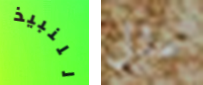
للنبيذ مثل